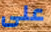
على